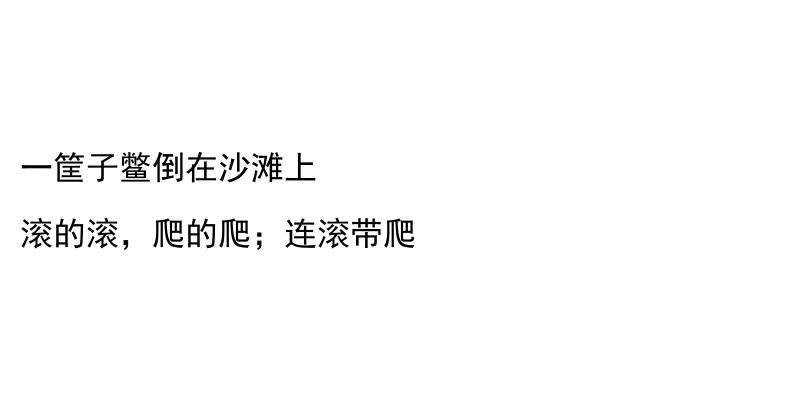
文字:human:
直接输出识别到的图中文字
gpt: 一筐子鳖倒在沙滩上 滚的滚，爬的爬；连滚带爬